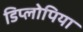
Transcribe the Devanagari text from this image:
डिप्लोपिया